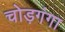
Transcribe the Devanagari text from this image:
चोड़गंगा